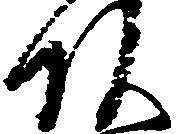
頭